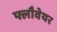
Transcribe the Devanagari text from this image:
फ्लौवेयर